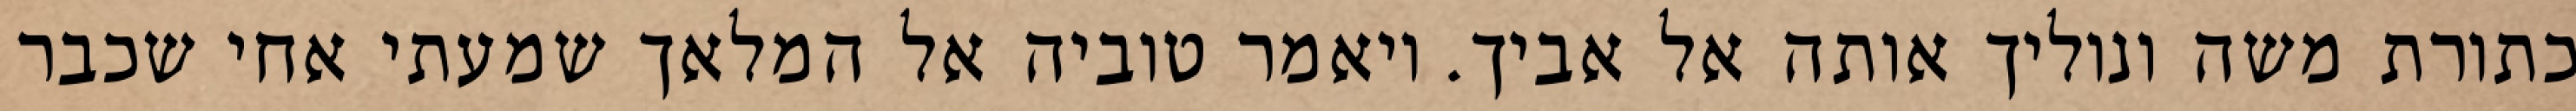
כתורת משה ונוליך אותה אל אביך. ויאמר טוביה אל המלאך שמעתי אחי שכבר